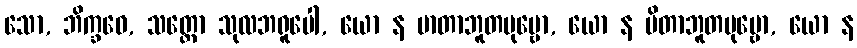
သော, ဘိက္ခဝေ, သတ္တော သုလဘရူပေါ, ယော န မာတာဘူတပုဗ္ဗော, ယော န ပိတာဘူတပုဗ္ဗော, ယော န